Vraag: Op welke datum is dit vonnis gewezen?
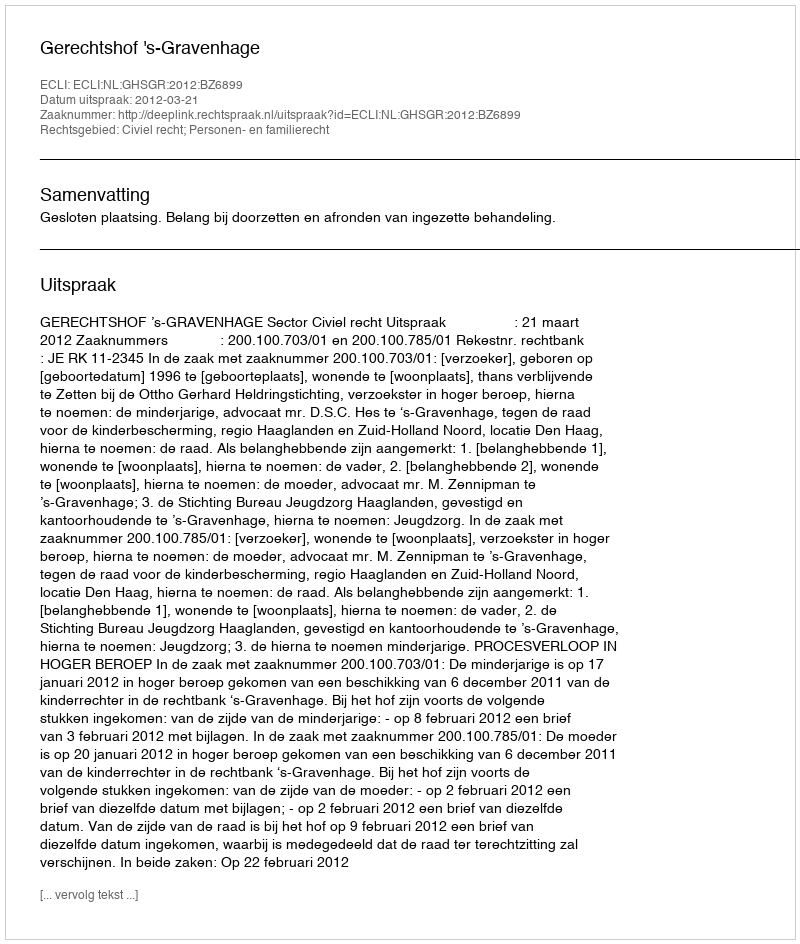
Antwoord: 2012-03-21